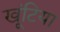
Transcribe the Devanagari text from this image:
खूंटिया